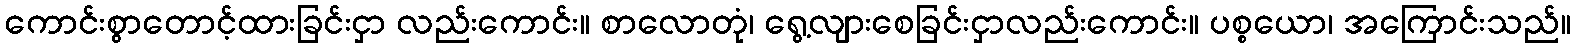
ကောင်းစွာတောင့်ထားခြင်းငှာ လည်းကောင်း။ စာလောတုံ၊ ရွေ့လျားစေခြင်းငှာလည်းကောင်း။ ပစ္စယော၊ အကြောင်းသည်။